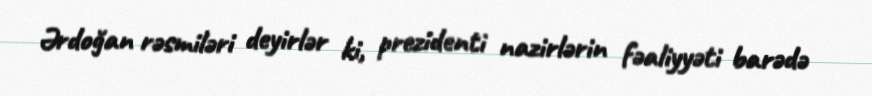
Ərdoğan rəsmiləri deyirlər ki, prezidenti nazirlərin fəaliyyəti barədə